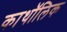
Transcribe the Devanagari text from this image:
काथॉलिक